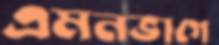
এমনভাগে